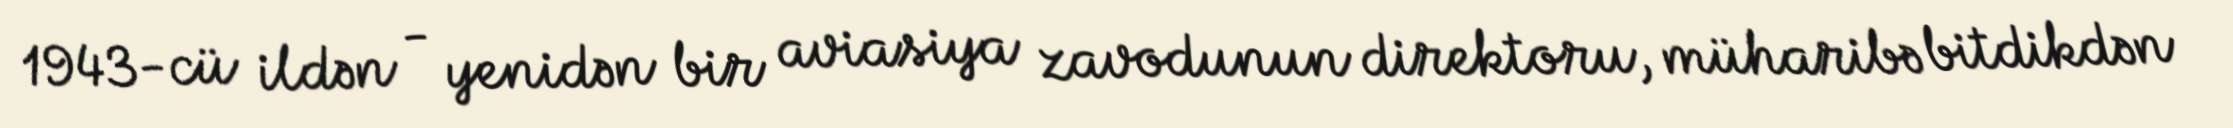
1943-cü ildən - yenidən bir aviasiya zavodunun direktoru, müharibə bitdikdən